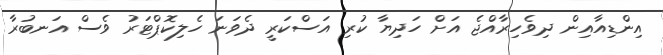
އިންޑިއާއިން ދިވެހިރާއްޖެ އަށް ހަދިޔާ ކުރި އަސްކަރީ ދެވަނަ ހެލިކޮޕްޓަރު ވެސް އަނބުރާ